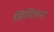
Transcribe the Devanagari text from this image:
सिमिलन